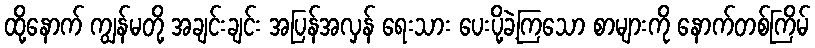
ထို့နောက် ကျွန်မတို့ အချင်းချင်း အပြန်အလှန် ရေးသား ပေးပို့ခဲ့ကြသော စာများကို နောက်တစ်ကြိမ်